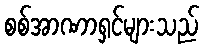
စစ်အာဏာရှင်များသည်